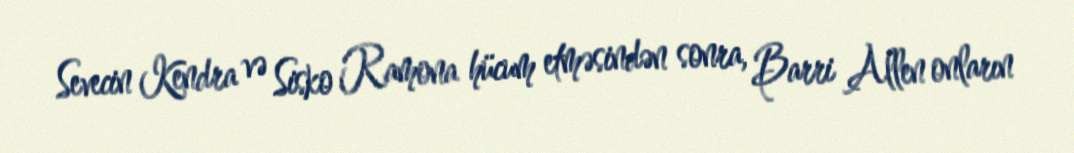
Sevecin Kendra və Sisko Ramona hücum etməsindən sonra, Barri Allen onların